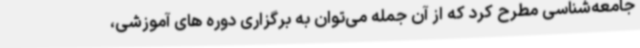
جامعه‌شناسی مطرح کرد که از آن جمله می‌توان به برگزاری دوره های آموزشی،